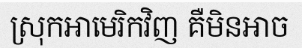
ស្រុកអាមេរិកវិញ គឺមិនអាច